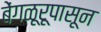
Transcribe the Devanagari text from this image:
बेंगळूरूपासून